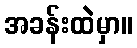
အခန်းထဲမှာ။